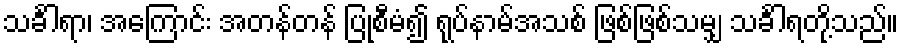
သင်္ခါရာ၊ အကြောင်း အတန်တန် ပြုစီမံ၍ ရုပ်နာမ်အသစ် ဖြစ်ဖြစ်သမျှ သင်္ခါရတို့သည်။